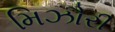
મિઝૌરી